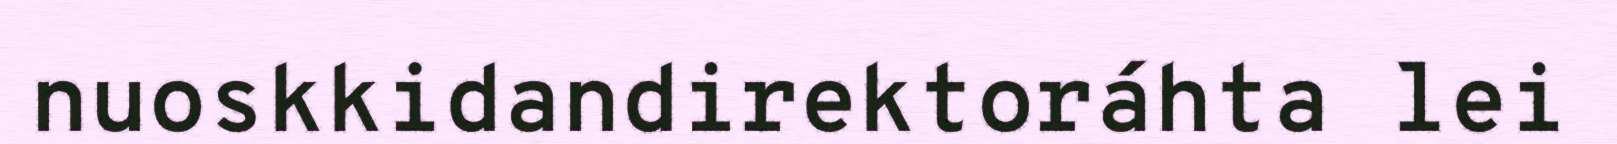
nuoskkidandirektoráhta lei